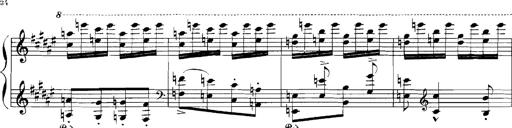
Title: Rhapsodies hongroises
Composer: Franz Liszt